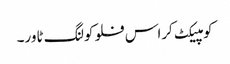
کومپیکٹ کراس فلو کولنگ ٹاور۔